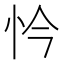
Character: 忴